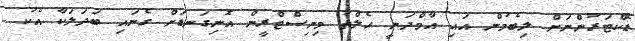
ޑޮކްޓަރުންނަށް ލިބެމުން އައި އާމްދަނީ ހެލްތު މިނިސްޓްރީން އޮނިގަނޑަށް ގެނައި ބަދަލަކާ އެކު